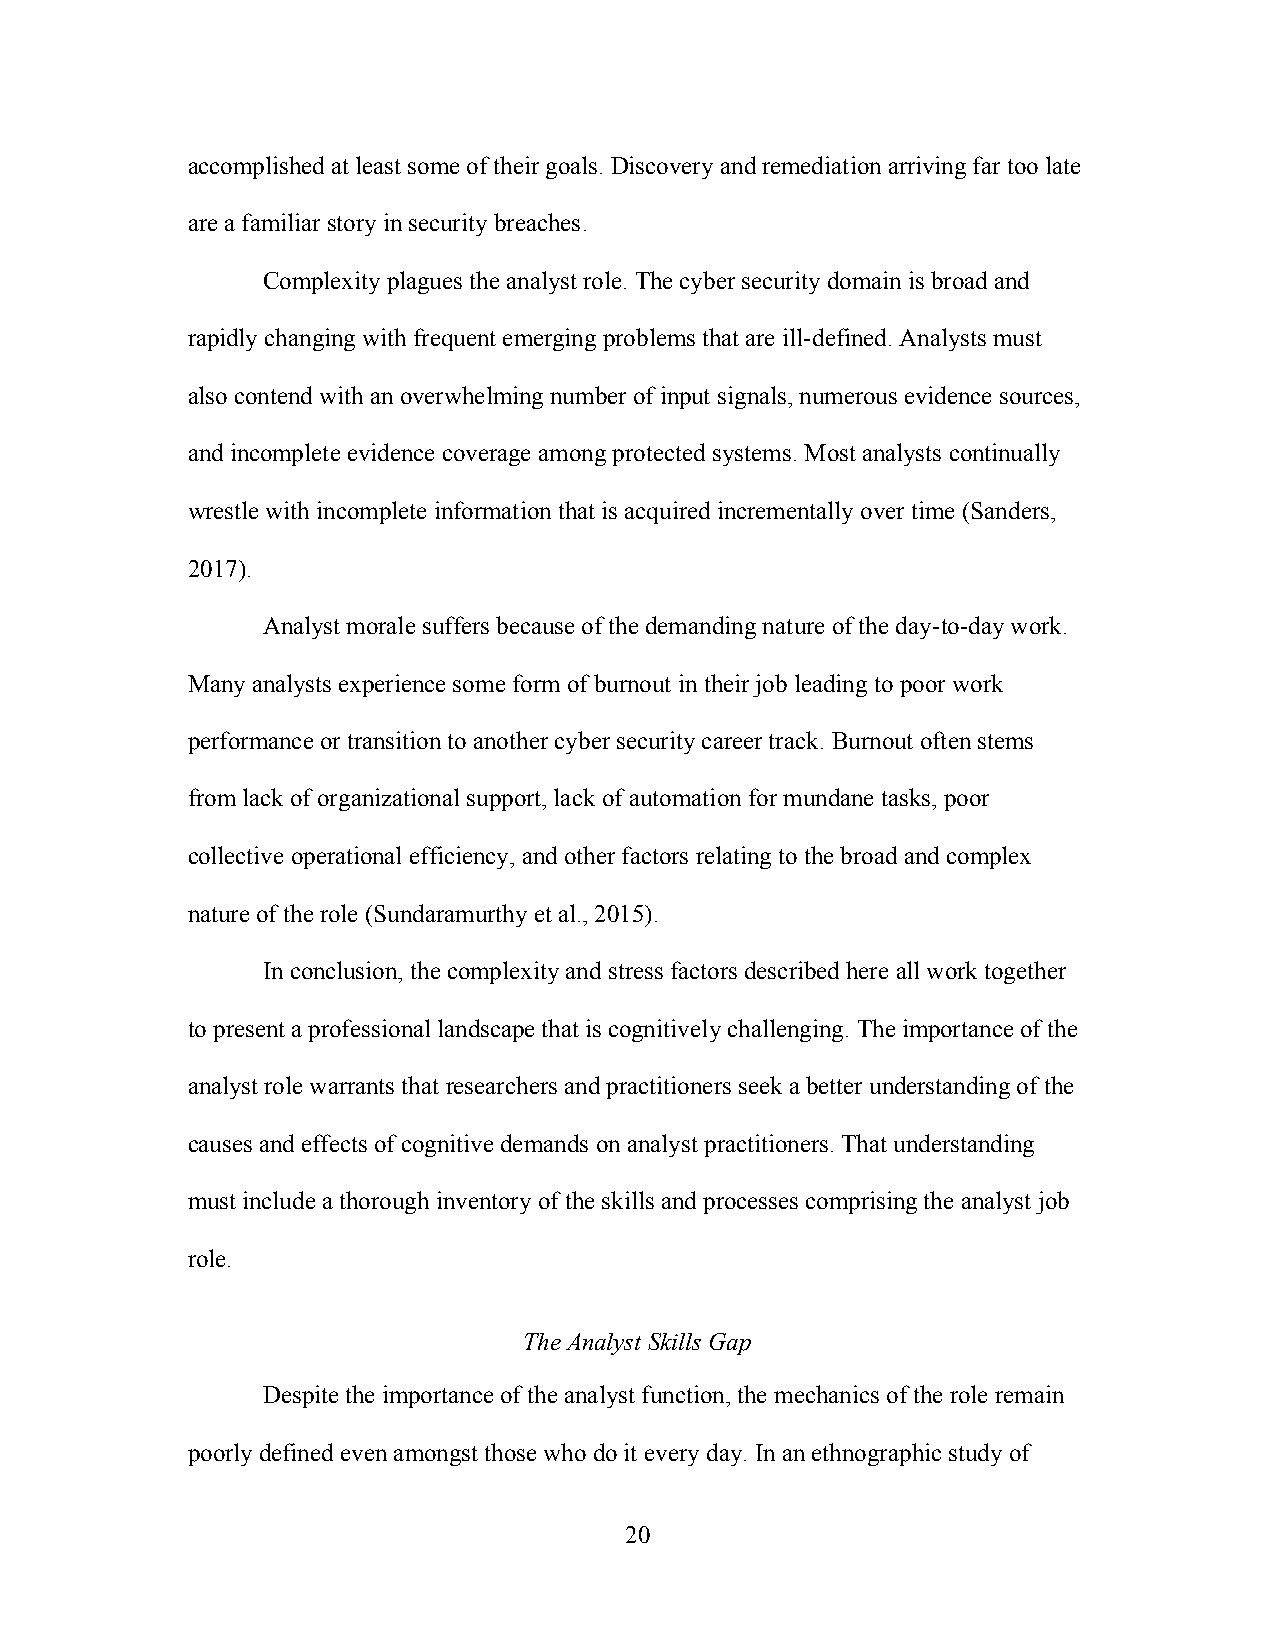
accomplished at least some of their goals. Discovery and remediation arriving far too late
 are a familiar story in security breaches.
 Complexity plagues the analyst role. The cyber security domain is broad and
 rapidly changing with frequent emerging problems that are ill-defined. Analysts must
 also contend with an overwhelming number of input signals, numerous evidence sources,
 and incomplete evidence coverage among protected systems. Most analysts continually
 wrestle with incomplete information that is acquired incrementally over time (Sanders,
 2017).
 Analyst morale suffers because of the demanding nature of the day-to-day work.
 Many analysts experience some form of burnout in their job leading to poor work
 performance or transition to another cyber security career track. Burnout often stems
 from lack of organizational support, lack of automation for mundane tasks, poor
 collective operational efficiency, and other factors relating to the broad and complex
 nature of the role (Sundaramurthy et al., 2015).
 In conclusion, the complexity and stress factors described here all work together
 to present a professional landscape that is cognitively challenging. The importance of the
 analyst role warrants that researchers and practitioners seek a better understanding of the
 causes and effects of cognitive demands on analyst practitioners. That understanding
 must include a thorough inventory of the skills and processes comprising the analyst job
 role.
 The Analyst Skills Gap
 Despite the importance of the analyst function, the mechanics of the role remain
 poorly defined even amongst those who do it every day. In an ethnographic study of
 20